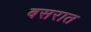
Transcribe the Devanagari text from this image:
बसरात